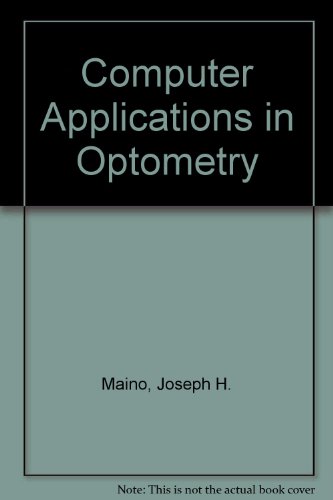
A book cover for Computer Applications in Optometry; Joseph H. Maino; Medical Books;